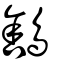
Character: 鵨